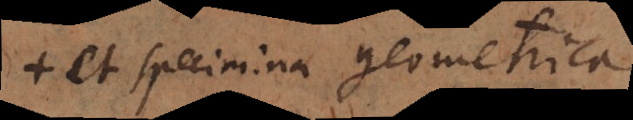
+ et specimina geometrica